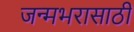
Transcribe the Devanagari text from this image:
जन्मभरासाठी